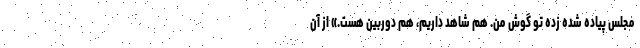
مجلس پیاده شده زده تو گوش من. هم شاهد داریم، هم دوربین هست.» از آن